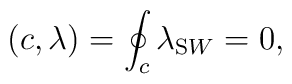
(c,\lambda )=\oint _{c}\lambda _{\mathrm SW} =0,